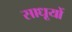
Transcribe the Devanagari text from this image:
साधूयों